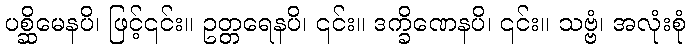
ပစ္ဆိမေနပိ၊ ဖြင့်၎င်း။ ဥတ္တရေနပိ၊ ၎င်း။ ဒက္ခိဏေနပိ၊ ၎င်း။ သဗ္ဗံ၊ အလုံးစုံ